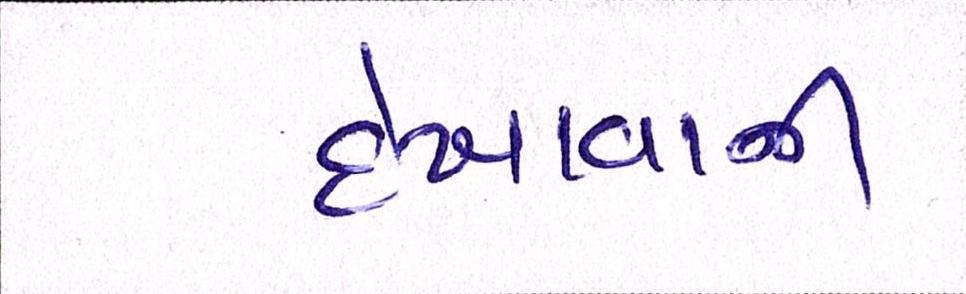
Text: દેખાવાની